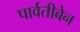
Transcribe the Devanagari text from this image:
पार्वतीबेन